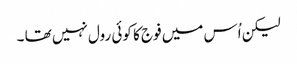
لیکن اُس میں فوج کا کوئی رول نہیں تھا ۔